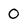
Character: O